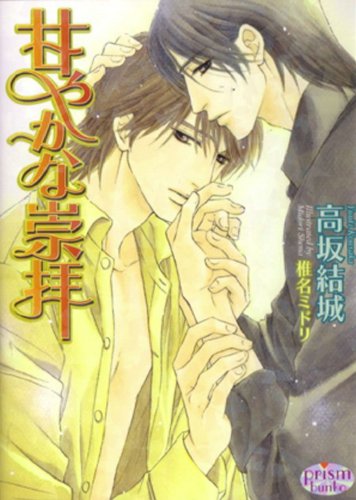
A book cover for Sweet Admiration; Yuuki Kousaka; Romance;